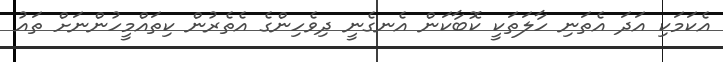
އެކަމަކި އަދަ އެތަނި ހާލަތަކީ ކޮބާކަން އެނގެނީ ދިވެހިންގެ އެތެރުން ކިތައްމީހުންނަށް ތައު